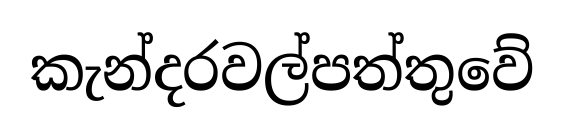
කැන්දරවල්පත්තුවේ